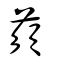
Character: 蕦